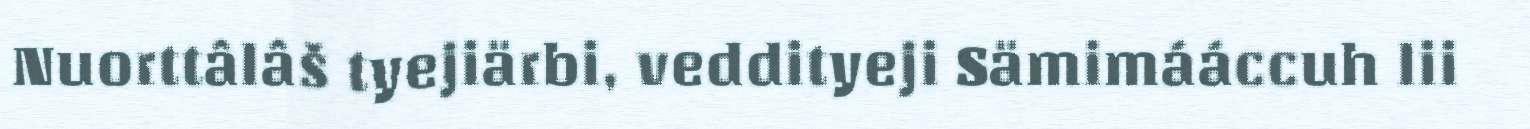
Nuorttâlâš tyejiärbi, veddityeji Sämimááccuh lii